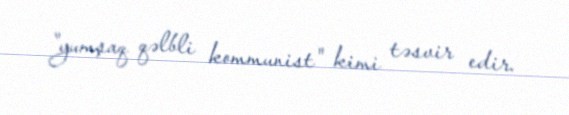
"yumşaq qəlbli kommunist" kimi təsvir edir.